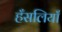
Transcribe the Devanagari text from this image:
हँसलियाँ